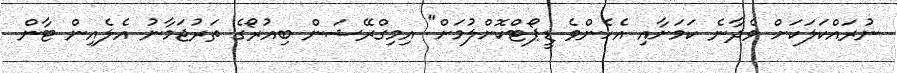
ނުރައްކަލަކަށް ވެދާނެ ކަމަށާއި އެހެންވެ ޑީޕޯޓްކޮށްލުމަށް" އިމިގްރޭޝަން ބިއުރޯގެ ތަރުޖަމާނު އެލެއިން ޓާން